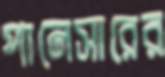
পানেসারের